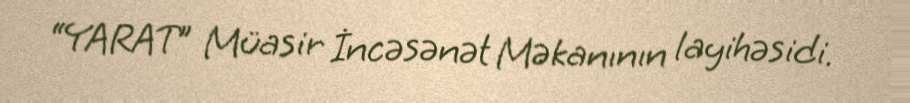
“YARAT” Müasir İncəsənət Məkanının layihəsidi.